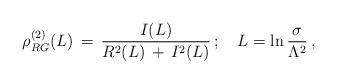
LaTeX: \begin{align*} \rho^{(2)}_{RG} (L)\,=\,\frac{I(L)}{R^2(L)\,+\,I^2(L)}\, ;\quad L=\ln\frac{\sigma}{\Lambda^2}\, ,\end{align*}